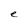
Character: e